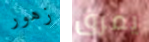
زهور يمزق